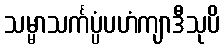
သမ္မာသင်္ကပ္ပံပဟံကျာဒီသုပိ